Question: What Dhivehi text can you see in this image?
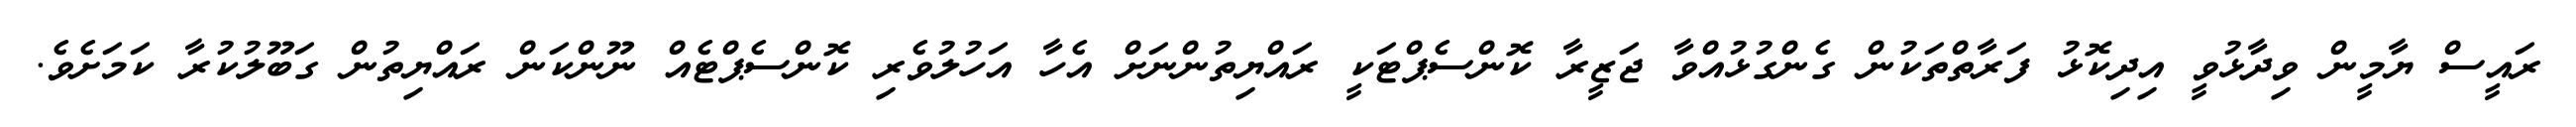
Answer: ރައީސް ޔާމީން ވިދާޅުވީ އިދިކޮޅު ފަރާތްތަކުން ގެންގުޅުއްވާ ޖަޒީރާ ކޮންސެޕްޓަކީ ރައްޔިތުންނަށް އެހާ އަހުލުވެރި ކޮންސެޕްޓެއް ނޫންކަން ރައްޔިތުން ގަބޫލުކުރާ ކަމަށެވެ.